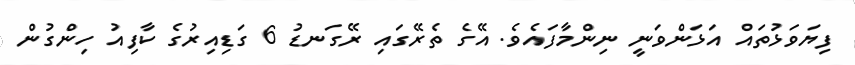
ފިޔަވަޅުތައް އަޅަންވަނީ ނިންމާފައެވެ. އޭގެ ތެރޭގައި ރޭގަނޑު 6 ގަޑިއިރުގެ ކާފިއު ހިންގުން